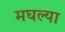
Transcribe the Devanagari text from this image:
मघल्या